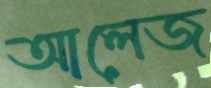
আলেজ